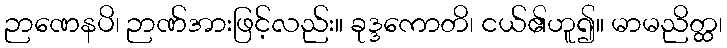
ဉာဏေနပိ၊ ဉာဏ်အားဖြင့်လည်း။ ခုဒ္ဒကောတိ၊ ငယ်၏ဟူ၍။ မာမညိတ္ထ၊